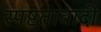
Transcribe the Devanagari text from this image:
स्पष्टतावादी